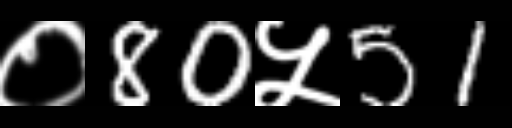
Text: ०80५51